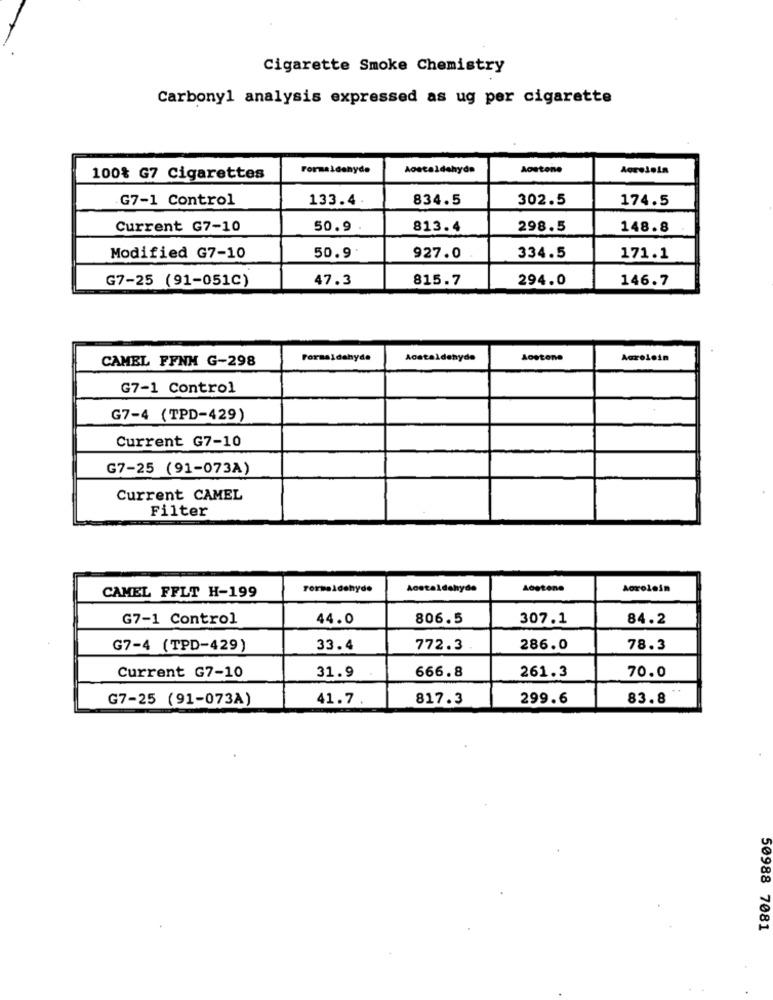
Cigarette Smoke Chemistry
Carbony1 analysis expressed as ug per cigarette
Formaldehyde
Aoacaldehyde
Aostone
Aorelela
100% G7 Cigarettes
G7-1 Control
133.4.
834.5
302.5
174.5
Current G7-10
50.9
813.4
298.5
148.8
50.9.
Modified G7-10
927.0
334.5
171.1
G7-25 (91-051C)
47.3
815.7
294.0
146.7
CAMEL FFNH G-298
Formaldehyde
Acataldehyde
Aostone
Acroloin
G7-1 Control
G7-4 (TPD-429)
Current G7-10
G7-25 (91-073A)
Current CAMEL
Filter
CAMEL FFLT H-199
Formaldehyde
Acetaldehyde
Acetone
Acroloin
G7-1 Control
44.0
806.5
307.1
84.2
G7-4 (TPD-429)
33.4
772.3
286.0
78.3
666.8
Current G7-10
31.9
261.3
70.0
G7-25 (91-073A)
41.7
817.3
299.6
83.8
50988 7081